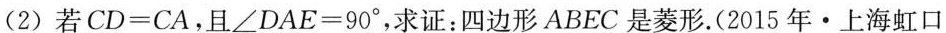
(2)若$$C D = C A$$，且$$∠ D A E = 9 0 °$$，求证：四边形ABEC是菱形。(2015年·上海虹口